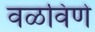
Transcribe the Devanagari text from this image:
वळविणे